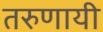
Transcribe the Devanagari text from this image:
तरुणायी